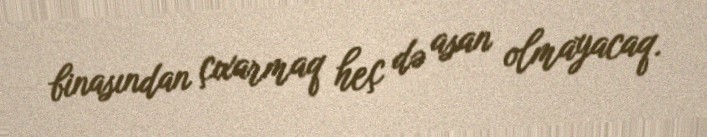
binasından çıxarmaq heç də asan olmayacaq.